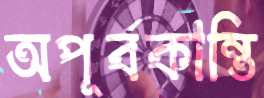
অপূর্বকান্তি